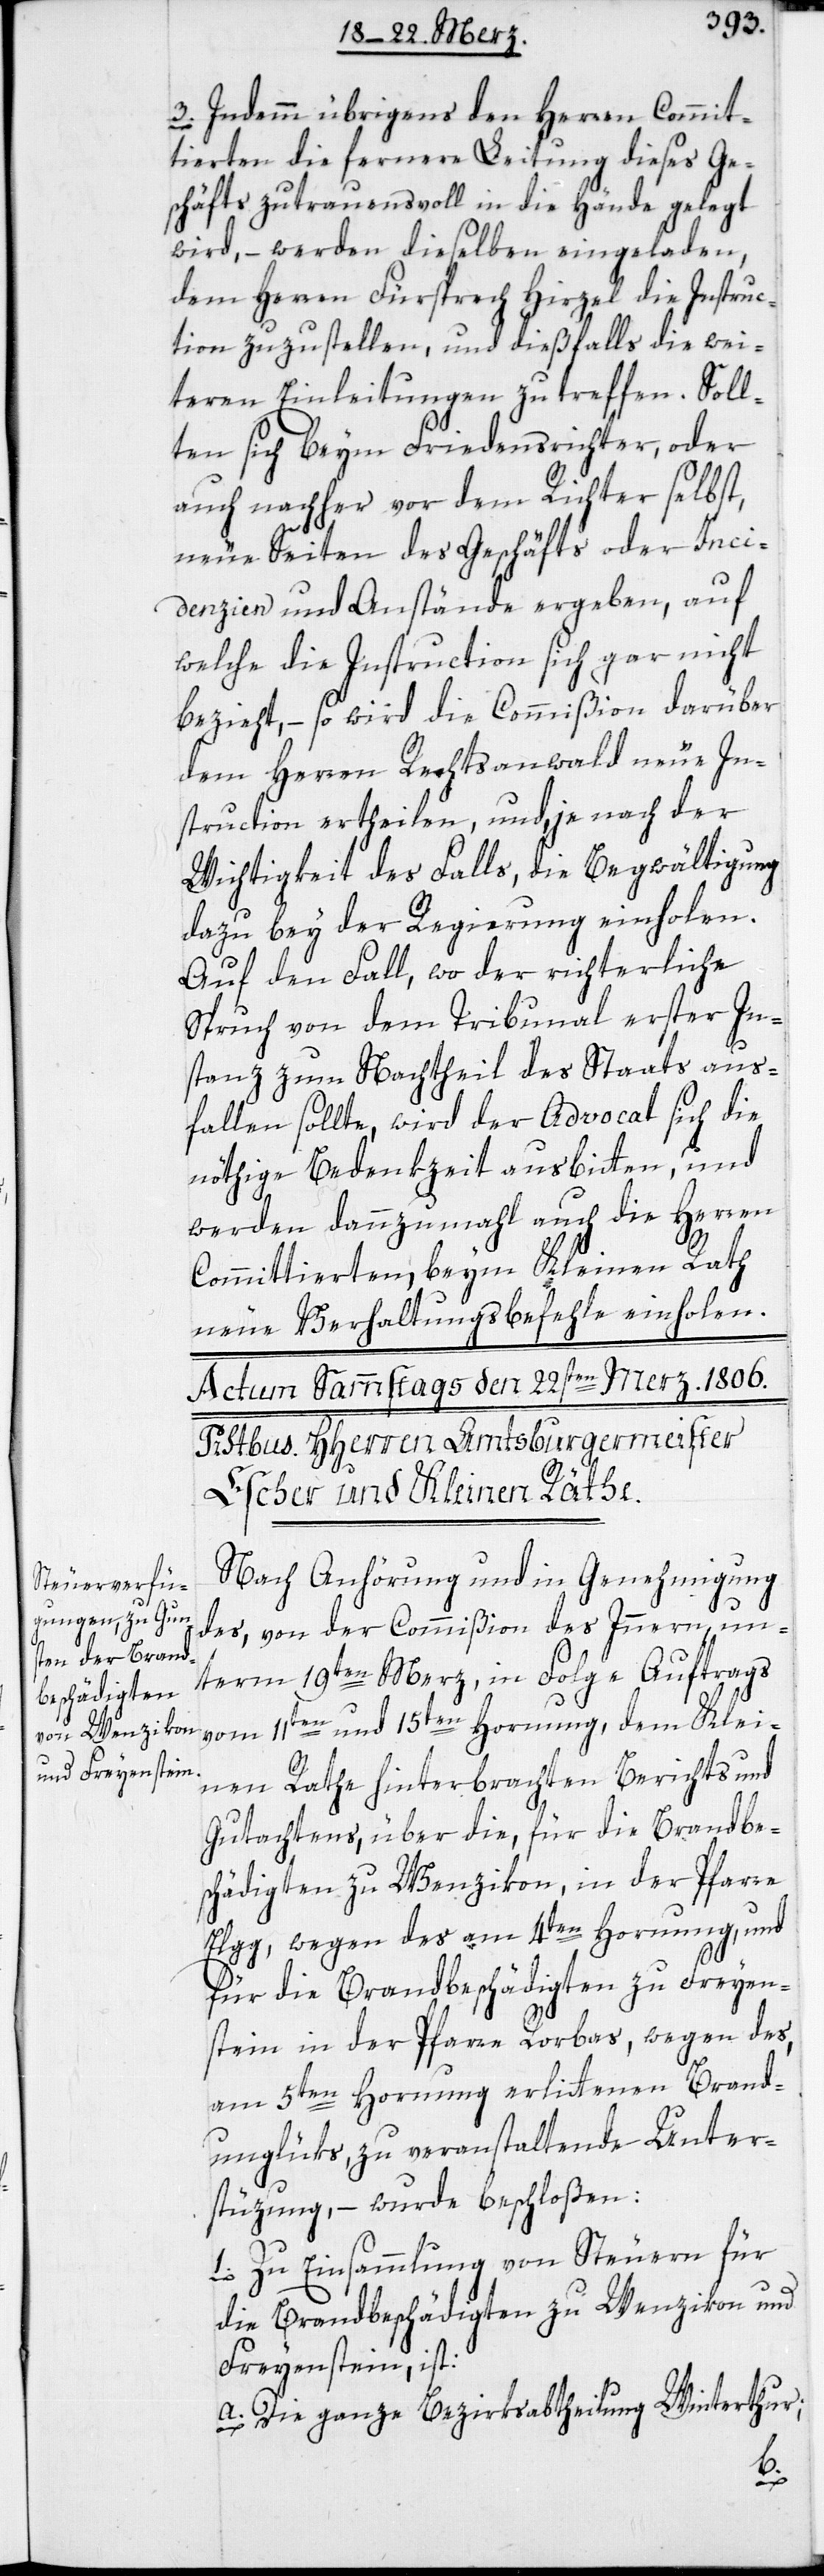
3. Indemm übrigens den Herren Commit¬
tierten die fernere Leitung dieses Ge¬
schäfts zutrauensvoll in die Hände gelegt
wird, – werden dieselben eingeladen,
dem Herren Fürsprech Hirzel die Instruc¬
tion zuzustellen, und dießfalls die wei¬
teren Einleitungen zu treffen. Soll¬
ten sich beym Friedensrichter, oder
auch nachher vor dem Richter selbst,
neue Seiten des Geschäfts oder Inci¬
denzien und Anstände ergeben, auf
welche die Instruction sich gar nicht
bezieht, – so wird die Commißion darüber
dem Herren Rechtsanwald neue In¬
struction ertheilen, und je nach der
Wichtigkeit des Falls, die Begwältigung
dazu bey der Regierung einholen.
Auf den Fall, wo der richterliche
Spruch von dem Tribunal erster In¬
stanz zum Nachtheil des Staats aus¬
fallen sollte, wird der Advocat sich die
nöthige Bedenkzeit ausbitten, und
werden dannzumahl auch die Herren
Committierten, beym Kleinen Rath
neue Verhaltungsbefehle einholen.
Nach Anhörung und in Genehmigung
des, von der Commißion des Inneren, un¬
term 19ten Merz in Folge Auftrags
vom 11ten und 15ten Hornung, dem Klei¬
nen Rathe hinterbrachten Berichts und
Gutachtens, über die, für die Brandbe¬
schädigten zu Wenzikon, in der Pfarre
Elgg, wegen des am 4ten Hornung und
für die Brandbeschädigten zu Freyen¬
stein in der Pfarre Rorbas, wegen des,
am 5ten Hornung erlittenen Brand¬
unglüks, zu veranstaltende Unter¬
stüzung, – wurde beschloßen:
1. Zu Einsammlung von Steuern für
die Brandbeschädigten zu Wenzikon und
Freyenstein ist:
a) Die ganze Bezirksabtheilung Winterthur;